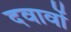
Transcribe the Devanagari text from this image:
दवावों